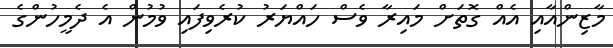
މާޒިންއާއި އެއް ގޮތަށް މައިރާ ވެސް ހައްޔަރު ކުރެވިފައި ވުމުން އެ ދެމީހުންގެ